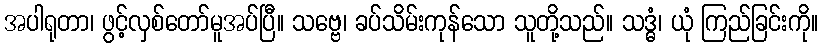
အပါရုတာ၊ ဖွင့်လှစ်တော်မူအပ်ပြီ။ သဗ္ဗေ၊ ခပ်သိမ်းကုန်သော သူတို့သည်။ သဒ္ဓံ၊ ယုံ ကြည်ခြင်းကို။